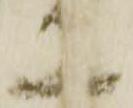
工